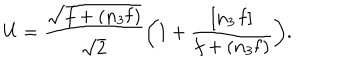
LaTeX: U = \frac { \sqrt { f + ( \mathbf { n } _ { 3 } \mathbf { f } ) } } { \sqrt { 2 } } \biggl ( 1 + \frac { [ \mathbf { n } _ { 3 } \, \mathbf { f } ] } { f + ( \mathbf { n } _ { 3 } \mathbf { f } ) } \biggr ) .